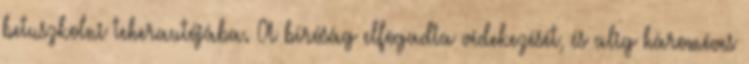
betuszkolni teherautójába. A bíróság elfogadta védekezését, és alig hároméves